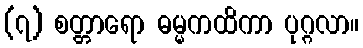
(၇) စတ္တာရော ဓမ္မကထိကာ ပုဂ္ဂလာ။